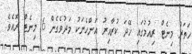
ހަތަރު މިނެޓް ރިއުމުގައި ހޭދަ ކުރާއިރު އަންހެނަކު މަދުވެގެން 6 މިނެޓް ރޮއެވެ.